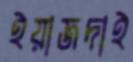
ইয়াজদাই